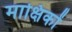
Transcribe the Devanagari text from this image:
माक्षिकों